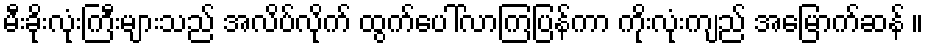
မီးခိုးလုံးကြီးများသည် အလိပ်လိုက် ထွက်ပေါ်လာကြပြန်ကာ ကိုးလုံးကျည် အမြောက်ဆန် ။